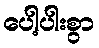
ပေါ့ပါးစွာ